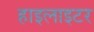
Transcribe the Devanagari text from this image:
हाइलाइटर